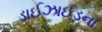
ડાઈઝાઈડના